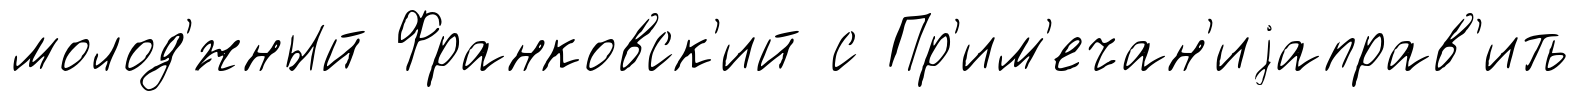
молод'́жный Франковск'ий с Пр'им'ечан'иjаправ'ить